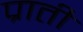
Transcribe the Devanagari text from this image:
प्राती